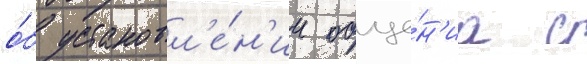
о́б установл'е́н'ии обще́н'иа с